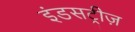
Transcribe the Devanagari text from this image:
इंडसट्रीज़